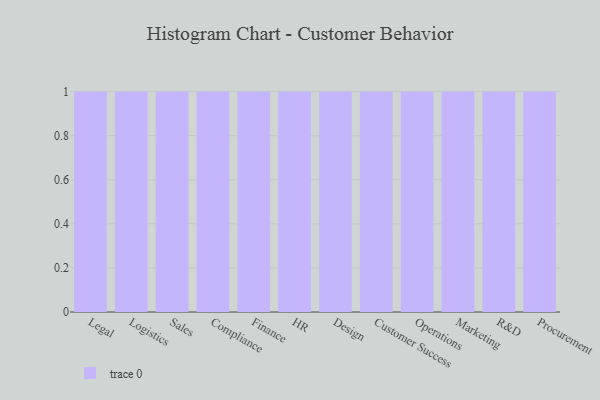
{"axis": {"x": "Department", "y": "Shipments"}, "legend": [""], "data": [{"x": "Legal", "y": 36, "type": ""}, {"x": "Logistics", "y": 13, "type": ""}, {"x": "Sales", "y": 93, "type": ""}, {"x": "Compliance", "y": 83, "type": ""}, {"x": "Finance", "y": 65, "type": ""}, {"x": "HR", "y": 60, "type": ""}, {"x": "Design", "y": 85, "type": ""}, {"x": "Customer Success", "y": 59, "type": ""}, {"x": "Operations", "y": 90, "type": ""}, {"x": "Marketing", "y": 37, "type": ""}, {"x": "R&D", "y": 46, "type": ""}, {"x": "Procurement", "y": 79, "type": ""}]}